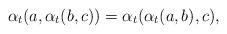
LaTeX: \begin{align*}\alpha_t(a,\alpha_t(b,c))=\alpha_t(\alpha_t(a,b),c),\end{align*}